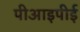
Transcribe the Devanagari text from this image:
पीआइपीई